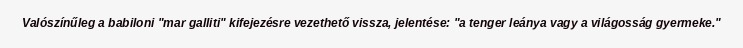
Valószínűleg a babiloni "mar galliti" kifejezésre vezethető vissza, jelentése: "a tenger leánya vagy a világosság gyermeke."